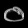
Digit: ၀